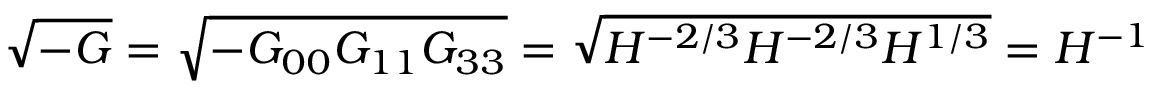
\sqrt { - G } = \sqrt { - G _ { 0 0 } G _ { 1 1 } G _ { 3 3 } } = \sqrt { H ^ { - 2 / 3 } H ^ { - 2 / 3 } H ^ { 1 / 3 } } = H ^ { - 1 }